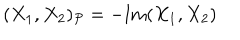
( X _ { 1 } , X _ { 2 } ) _ { \mathcal { P } } = - \mathrm { I m } ( X _ { 1 } , X _ { 2 } )